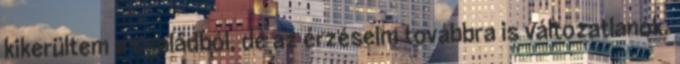
kikerültem a családból, de az érzéseim továbbra is változatlanok.